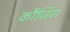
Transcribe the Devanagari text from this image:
कौजिंग